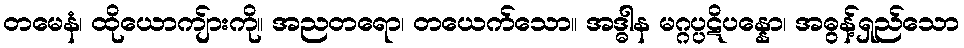
တမေနံ၊ ထိုယောကျ်ားကို။ အညတရော၊ တယေက်သော။ အဒ္ဓါန မဂ္ဂပ္ပဋိပန္နော၊ အဓွန့်ရှည်သော